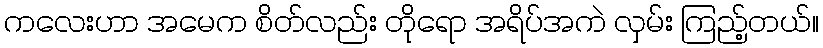
ကလေးဟာ အမေက စိတ်လည်း တိုရော အရိပ်အကဲ လှမ်း ကြည့်တယ်။